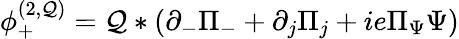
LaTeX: \phi_{+}^{(2,{\cal Q})}={\cal Q}\ast(\partial_{-}\Pi_{-}+\partial_{j}\Pi_{j}+ie\Pi_{\Psi}\Psi)